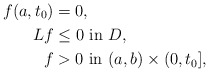
\begin{align*} f(a,t_0)& = 0,\\ Lf &\leq 0 \mbox{ in } D,\\ f &>0 \mbox{ in } (a,b)\times (0,t_0], \end{align*}